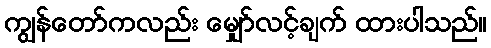
ကျွန်တော်ကလည်း မျှော်လင့်ချက် ထားပါသည်။